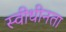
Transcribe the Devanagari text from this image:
स्वीधीनता